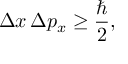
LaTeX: \Delta x \, \Delta p _ { x } \geq { \frac { \hbar } { 2 } } ,